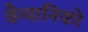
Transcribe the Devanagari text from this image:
वैग्यानिको